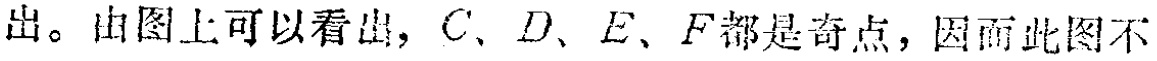
出。由图上可以看出，$C、D、E、F$都是奇点，因而此图不